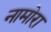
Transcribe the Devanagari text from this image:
नामोरा